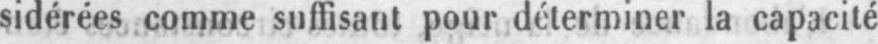
sidérées comme suffisant pour déterminer la capacité